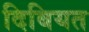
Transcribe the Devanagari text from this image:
दिबियत